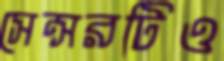
সেন্সরটিও